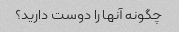
چگونه آنها را دوست دارید؟